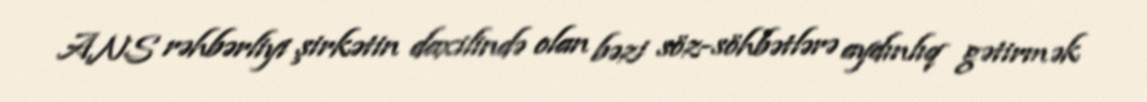
ANS rəhbərliyi şirkətin daxilində olan bəzi söz-söhbətlərə aydınlıq gətirmək